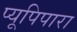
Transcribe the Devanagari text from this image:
प्यूपिपारा